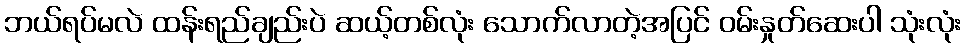
ဘယ်ရပ်မလဲ ထန်းရည်ချည်းပဲ ဆယ့်တစ်လုံး သောက်လာတဲ့အပြင် ဝမ်းနှုတ်ဆေးပါ သုံးလုံး